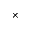
\times